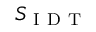
S _ { \mathrm { ~ I ~ D ~ T ~ } }